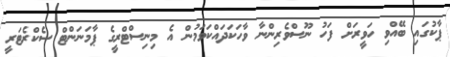
ޕާކުގައި ބޭއްވި ހަވީރަށް ފަހު ނޫސްވެރިންނާ ވާހަކަދައްކަވަމުން އެ މިނިސްޓްރީގެ ޕާމަނަންޓް ސެކްރެޓަރީ